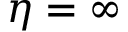
\eta = \infty